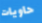
حاويات